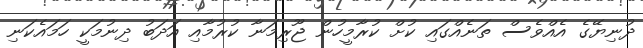
ދުނިޔޭގެ އެއްވެސް ތަނެއްގައި ކުށް ކުރާމީހުން ޖޫރިމަނާ ކުރުމާއި އަދަބު ދިނުމަކީ ހަމައެކަނި